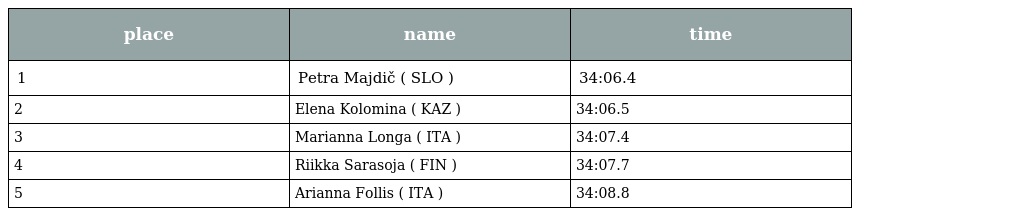
| place | name | time |
 | --- | --- | --- |
 | 1 | Petra Majdič ( SLO ) | 34:06.4 |
 | 2 | Elena Kolomina ( KAZ ) | 34:06.5 |
 | 3 | Marianna Longa ( ITA ) | 34:07.4 |
 | 4 | Riikka Sarasoja ( FIN ) | 34:07.7 |
 | 5 | Arianna Follis ( ITA ) | 34:08.8 |